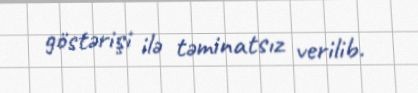
göstərişi ilə təminatsız verilib.